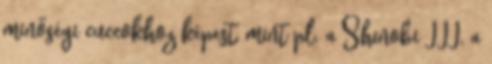
minőségi cuccokhoz képest, mint pl. a Shinobi III, a